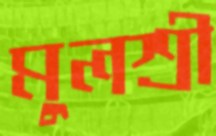
মুলশ্রী